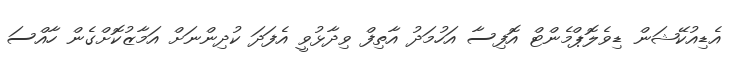
އެޑިއުކޭޝަން ޑިވެލޮޕްމެންޓް އޮފިސާ އަހުމަދު އާތިފް ވިދާޅުވީ އެފަދަ ކުދިންނަށް އަމާޒުކޮށްގެން ހާއްސަ